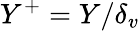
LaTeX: Y^{+}=Y/\delta_{v}